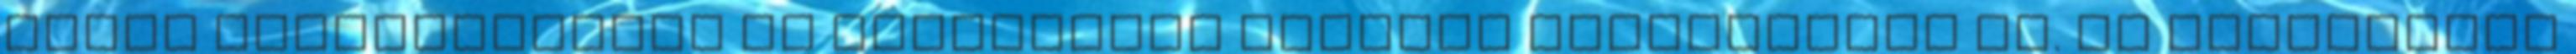
hanem hőszigetelési és esztétikai előnyök biztosítása is. Az alkalmazás